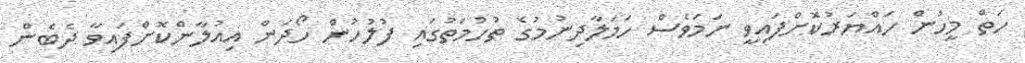
ހަތް މީހުން ހައްޔަރުކޮށްފައިވީ ނަމަވެސް ހަމަލާދިނުމުގެ ތުހުމަތުގައި ފުލުހުން ހޯދަން އިއުލާންކޮށްފައިވާ ދެބެން